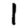
Digit: 1